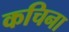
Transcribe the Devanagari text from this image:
कचिना